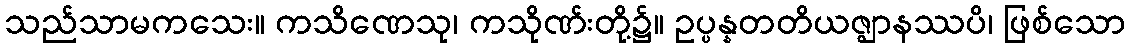
သည်သာမကသေး။ ကသိဏေသု၊ ကသိုဏ်းတို့၌။ ဥပ္ပန္နတတိယဇ္ဈာနဿပိ၊ ဖြစ်သော